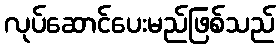
လုပ်ဆောင်ပေးမည်ဖြစ်သည်